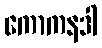
ကောကနဒါ